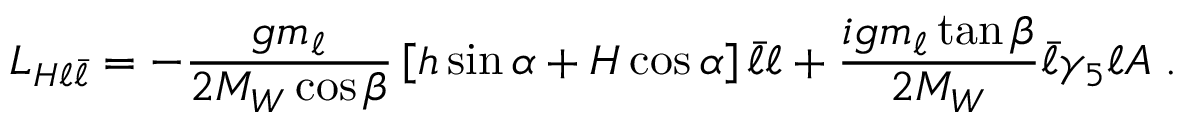
{ \cal L } _ { H \ell \bar { \ell } } = - { \frac { g m _ { \ell } } { 2 M _ { W } \cos \beta } } \left[ h \sin \alpha + H \cos \alpha \right] \bar { \ell } \ell + { \frac { i g m _ { \ell } \tan \beta } { 2 M _ { W } } } \bar { \ell } \gamma _ { 5 } \ell A \; .